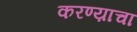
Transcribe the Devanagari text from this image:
करण्य़ाचा